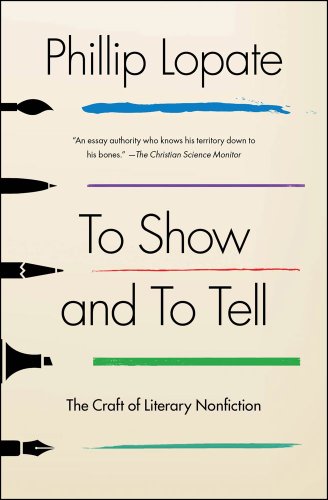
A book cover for To Show and to Tell: The Craft of Literary Nonfiction; Phillip Lopate; Literature & Fiction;